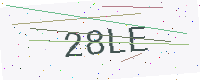
Text: 28LE